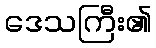
ဒေသကြီး၏